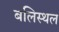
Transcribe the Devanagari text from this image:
बलिस्थल